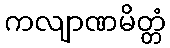
ကလျာဏမိတ္တံ